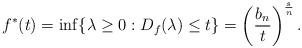
LaTeX: \begin{align*}f^*(t)=\inf \{ \lambda \geq 0 : D_f(\lambda) \leq t\}= \left(\frac{b_n}{t} \right)^{\frac{s}{n}}.\end{align*}